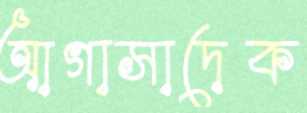
আগাসাদেক